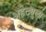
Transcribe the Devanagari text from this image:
अहेट्युला